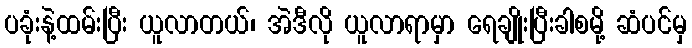
ပခုံးနဲ့ထမ်းပြီး ယူလာတယ်၊ အဲဒီလို ယူလာရာမှာ ရေချိုးပြီးခါစမို့ ဆံပင်မှ